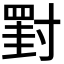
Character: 𡭀